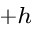
^ { + h }